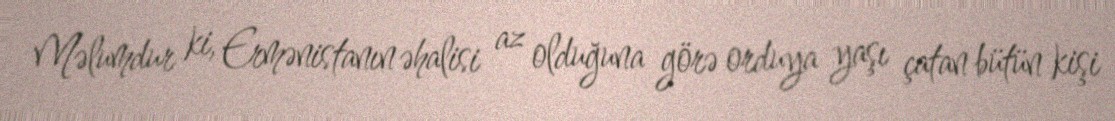
Məlumdur ki, Ermənistanın əhalisi az olduğuna görə orduya yaşı çatan bütün kişi